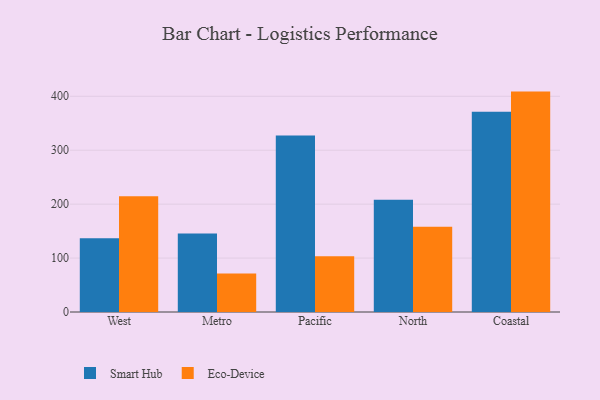
{"axis": {"x": "Region", "y": "Market Share (%)"}, "legend": ["Eco-Device", "Smart Hub"], "data": [{"x": "West", "y": 136.7, "type": "Smart Hub"}, {"x": "West", "y": 214.7, "type": "Eco-Device"}, {"x": "Metro", "y": 145.5, "type": "Smart Hub"}, {"x": "Metro", "y": 71.2, "type": "Eco-Device"}, {"x": "Pacific", "y": 327.2, "type": "Smart Hub"}, {"x": "Pacific", "y": 103.5, "type": "Eco-Device"}, {"x": "North", "y": 208.3, "type": "Smart Hub"}, {"x": "North", "y": 158.1, "type": "Eco-Device"}, {"x": "Coastal", "y": 371.3, "type": "Smart Hub"}, {"x": "Coastal", "y": 408.7, "type": "Eco-Device"}]}